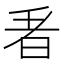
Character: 𭥬